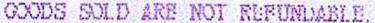
GOODS SOLD ARE NOT REFUNDABLE,